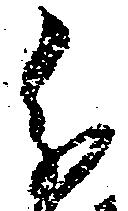
分